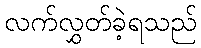
လက်လွှတ်ခဲ့ရသည်